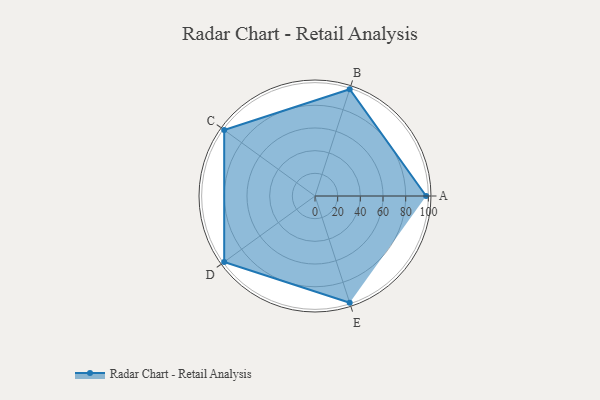
{"axis": {"x": "Skill", "y": "Score"}, "legend": ["Profile"], "data": [{"x": "A", "y": 98.0, "type": "Profile"}, {"x": "B", "y": 99, "type": "Profile"}, {"x": "C", "y": 99, "type": "Profile"}, {"x": "D", "y": 99, "type": "Profile"}, {"x": "E", "y": 99, "type": "Profile"}]}